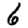
Digit: 6